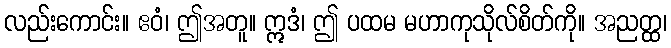
လည်းကောင်း။ ဧဝံ၊ ဤအတူ။ ဣဒံ၊ ဤ ပထမ မဟာကုသိုလ်စိတ်ကို။ အညတ္ထ၊